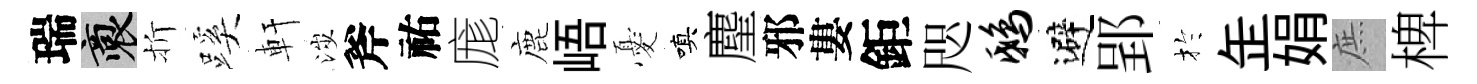
瑞裔折蹊軒涉斧祐庬鹿峿憂嗔麈邪婁鉅咫鸱避郢扵𦈢娟庶椑